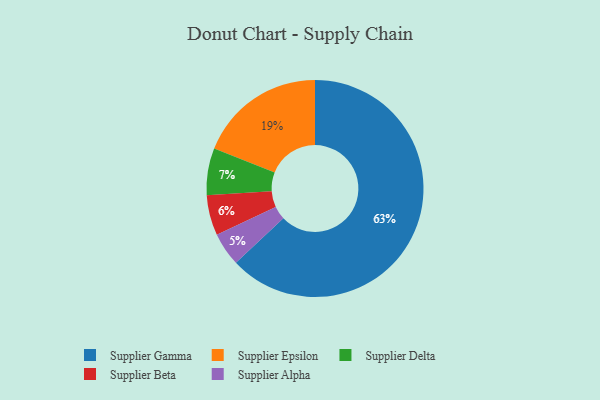
{"axis": {"x": "Category", "y": "Percentage"}, "legend": ["Supplier Alpha", "Supplier Beta", "Supplier Delta", "Supplier Epsilon", "Supplier Gamma"], "data": [{"x": "Supplier Gamma", "y": 63, "type": "Supplier Gamma"}, {"x": "Supplier Alpha", "y": 5, "type": "Supplier Alpha"}, {"x": "Supplier Epsilon", "y": 19, "type": "Supplier Epsilon"}, {"x": "Supplier Beta", "y": 6, "type": "Supplier Beta"}, {"x": "Supplier Delta", "y": 7, "type": "Supplier Delta"}]}